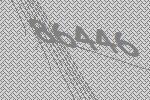
86446